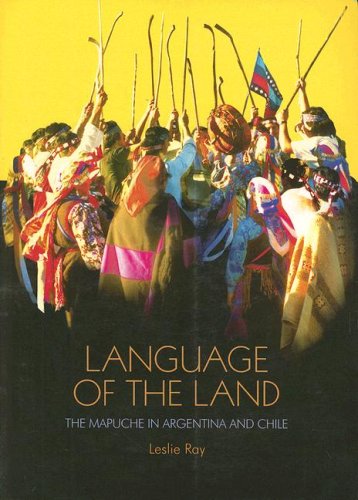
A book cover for Language of the Land: The Mapuche in Argentina and Chile (International Work Gorup for Indigenous Affairs); Leslie Ray; Travel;